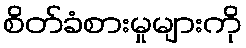
စိတ်ခံစားမှုများကို